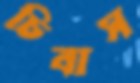
চিবাস